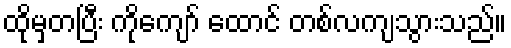
ထိုမှတပြီး ကိုကျော် ထောင် တစ်လကျသွားသည်။